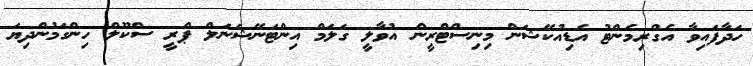
ހަދާފައިވާ އެގްރިމެންޓު އެޑިއުކޭޝަން މިނިސްޓްރީން އުވާލީ ގަލަމް އިންޓަނޭޝަނަލް ޕްރީ ސްކޫލް ހިންގަމުންދިޔަ